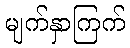
မျက်နှာကြက်